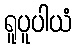
ရူပူပါယံ